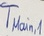
Text: TMain,1